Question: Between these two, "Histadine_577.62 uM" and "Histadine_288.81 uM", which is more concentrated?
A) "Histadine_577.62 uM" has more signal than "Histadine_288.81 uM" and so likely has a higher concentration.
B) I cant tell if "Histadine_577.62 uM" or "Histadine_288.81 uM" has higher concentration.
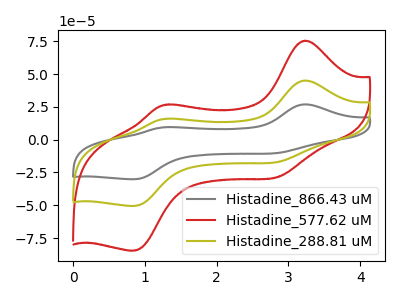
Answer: <think>The gray curve "Histadine_866.43 uM" has anodic peaks at (3.25V, 90.15uA) (1.30V, 31.95uA) and cathodic peaks at (2.90V, -33.30uA) (0.85V, -100.90uA). The red curve "Histadine_577.62 uM" has anodic peaks at (3.25V, 75.45uA) (1.30V, 26.75uA) and cathodic peaks at (2.90V, -27.85uA) (0.85V, -84.45uA). The olive curve "Histadine_288.81 uM" has anodic peaks at (3.25V, 45.05uA) (1.30V, 16.00uA) and cathodic peaks at (2.90V, -16.65uA) (0.85V, -50.45uA).
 All the peaks in "Histadine_577.62 uM" have a peak in "Histadine_288.81 uM" at the same potential. Every peak in "Histadine_577.62 uM" is higher than every peak in "Histadine_288.81 uM".</think>
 <answer>A) "Histadine_577.62 uM" has more signal than "Histadine_288.81 uM" and so likely has a higher concentration.</answer>
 <eval>A</eval>